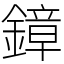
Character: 鏱